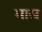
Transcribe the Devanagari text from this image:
मास्र